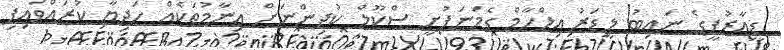
ޑީއާރުޕީގެ ނައިބު ލީޑަރު އިލްހާމް ގެމަނަފުށީ ސްކޫލް ކުދިންނަށް އިނާމުތަކެއް ހަދިޔާ ކުރައްވައިފި